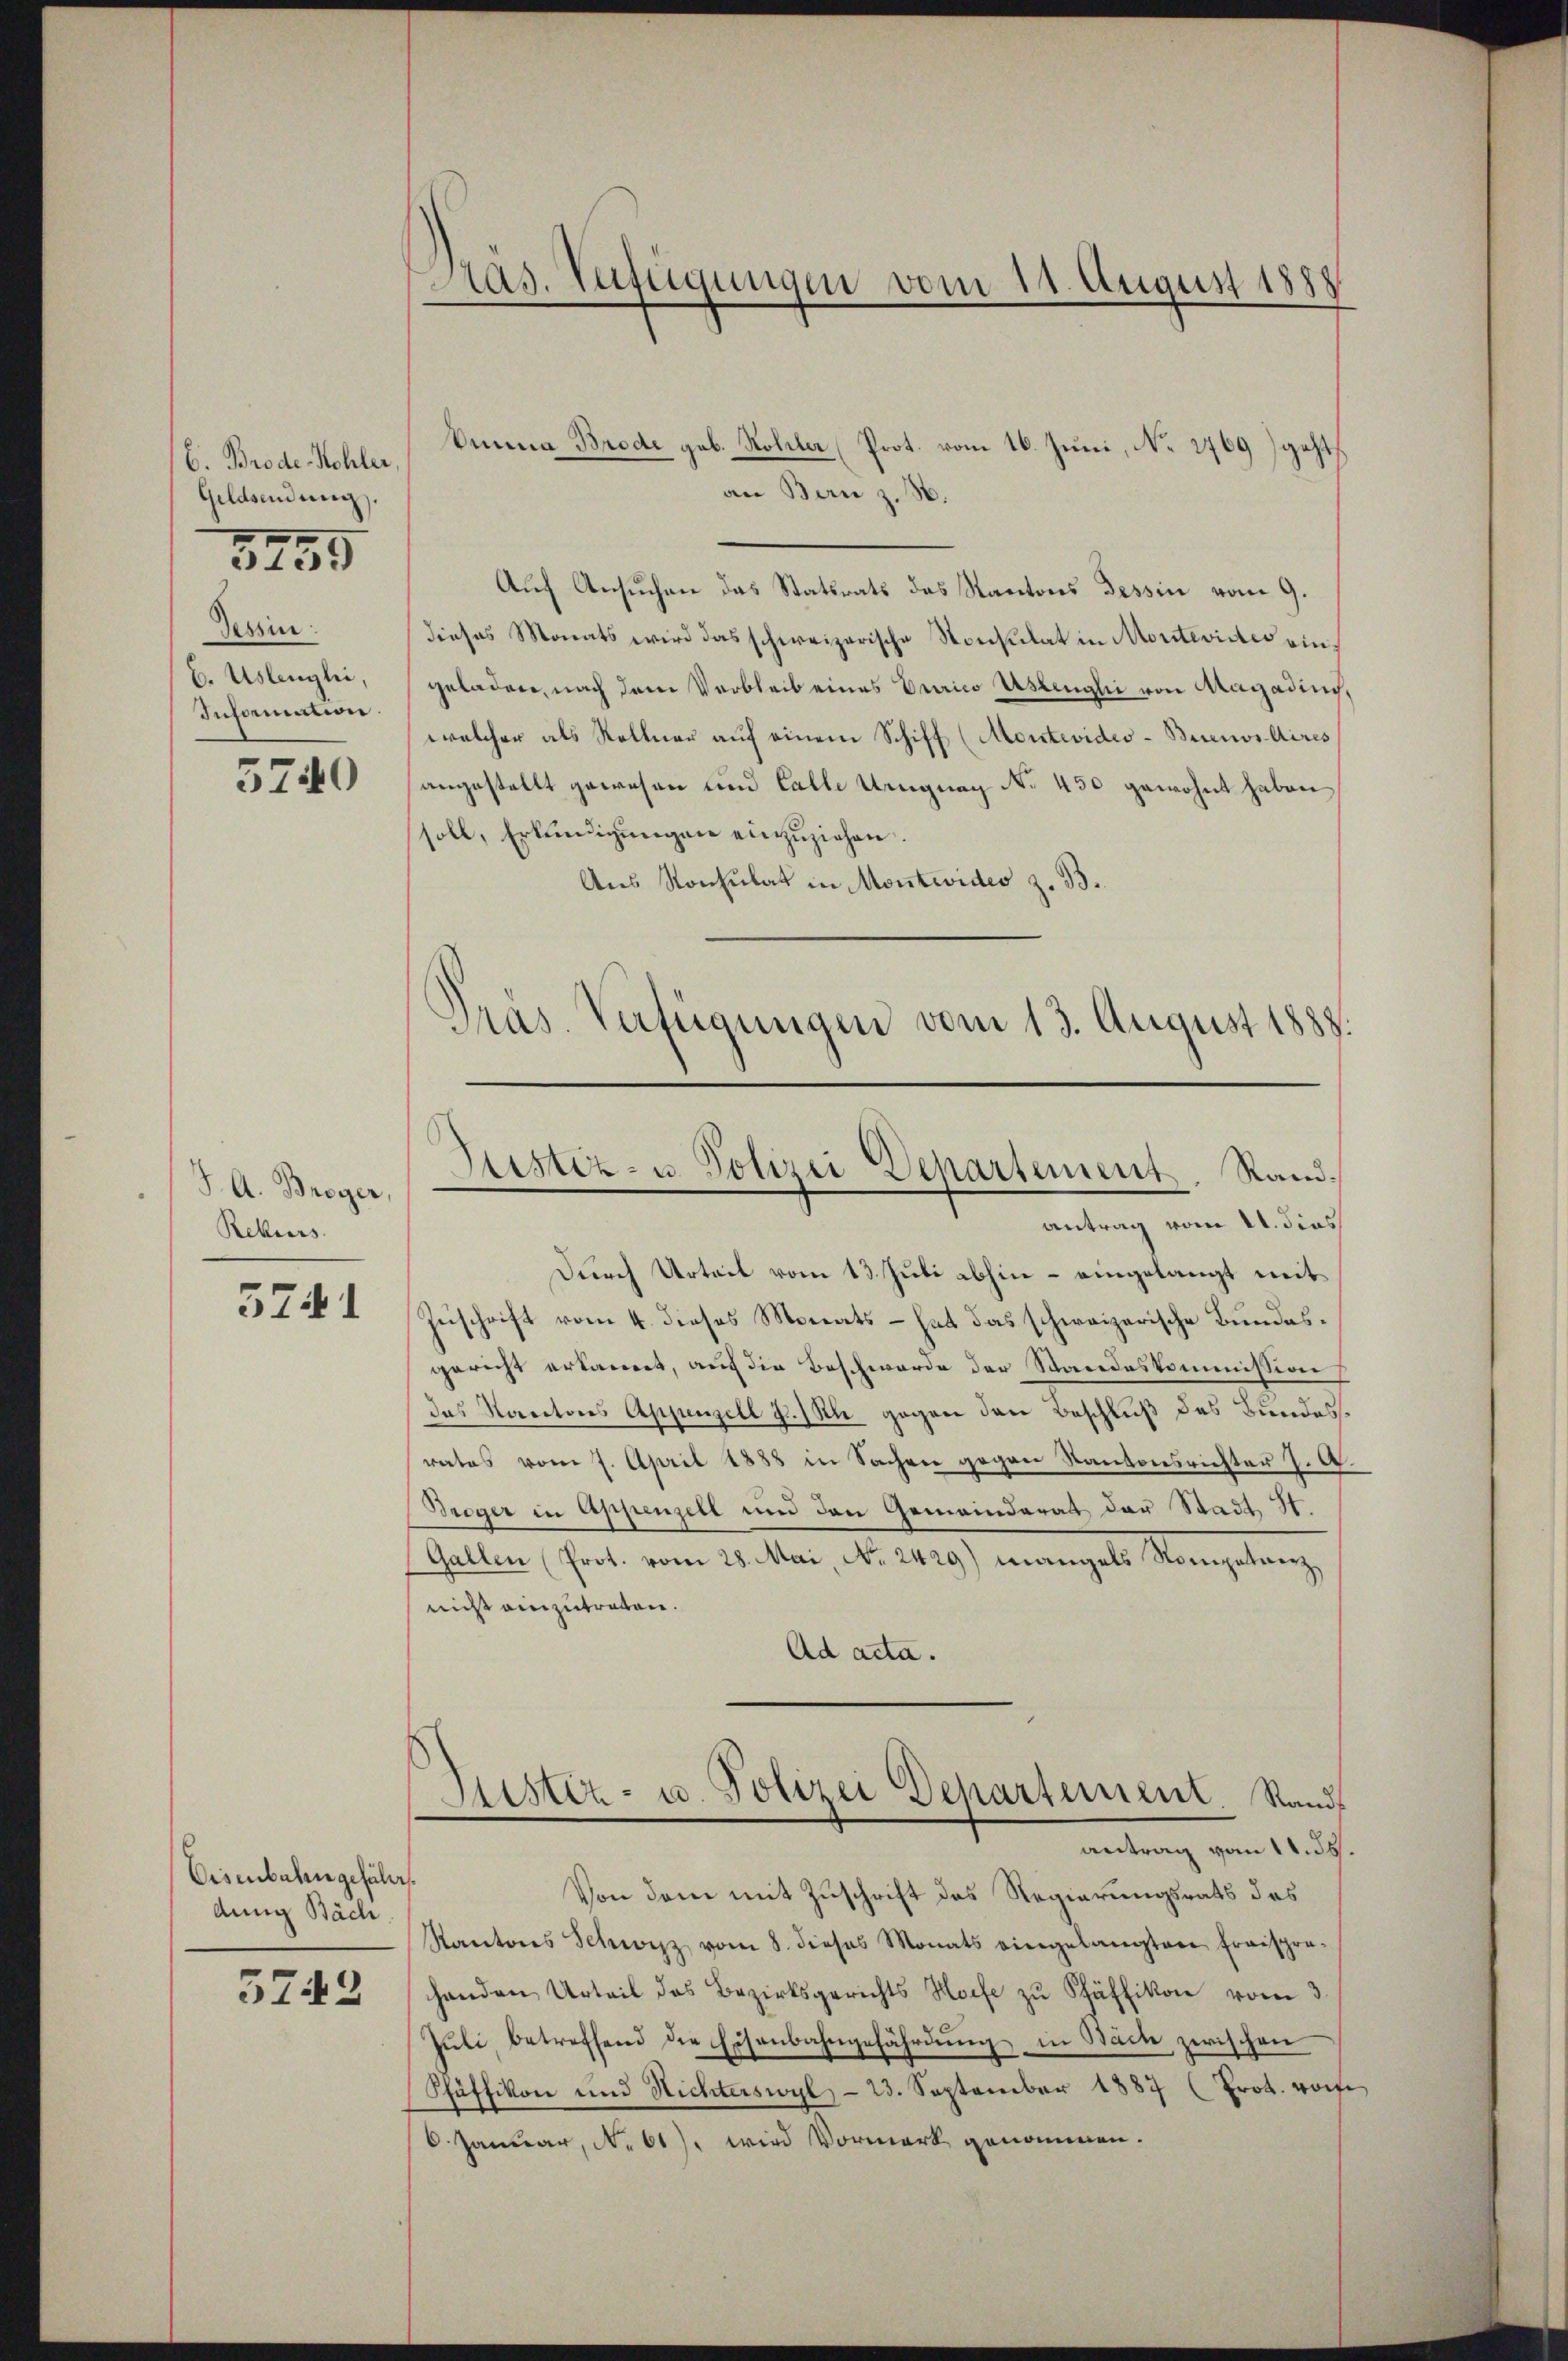
C. Brode Kohler,
Geldsendung.
Tessin
6. Uslengli,
Information.

5255

5740

J. A. Broger
Rekurs

3741

Disenbahngefüllt.
dung Bäch

3742

Aas. Verfügungen vom 11. August 1888

Dinna Brode geb. Hoheiter Prot. vom 16. Juni, No 2769) geht,
an Bern z. B.
Auf Ansuchen das Statsrats das Kantons Tessin vom 9.
dieses Monats wird das schweizerische Nonsulat in Montevides eingeladen, nach dem Verbleib eines Curico Astengli von Magadin,
welcher als Rellner auf einem Schiff (Montevideo-Buenos Aires
angestellt gewesen und Lalle Urugung No 450 gewohnt haben
soll, Erkendigungen einzuziehen.
Aus Konsulat in Montevides z. B.
Pras Verfügungen vom 13. August 1888.

Justiz- u. Polizei Departement, Rand.
antrag vom 11. dies

Durch Urteil vom 13. Juli abhin – eingelangt mit¬
Zuschrift vom 4. dieses Monats – hat das schweizerische Bundesgericht erkannt, auch die Beschwerde der Standeskommission
das Kantons Appenzell I.Rh. gegen den Beschluß des Bundesrates vom 7. April 1888 in Sachen gegen Kantonsrichter J. A.
Breger in Appenzell und den Gemeinderat der Stadt H.
Gallen (Prot. vom 28. Mai, No. 2429) Mangels Kompetenz,
nicht einzutreten.
Ad acta.

Justiz- u. Polizei Departement. Rand
antrag vom 11. 35.

Von dem mit Zuschrift des Regierungsrats des
Kantons Schwyz vom 8. dieses Monats eingelangten Fraispra
handen Urteil des Bezirksgerichts Hofe zŭ Schäffikon vom 3.
Jŭli betreffend die Eisenbahngefährdung in Bach zwischen
Pfäffikon und Nichterswyl - 23. September 1887 (Prot. vorf
6. Januar, No 61), wird Vormerk genommen.